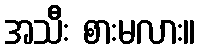
အသီး စားမလား။